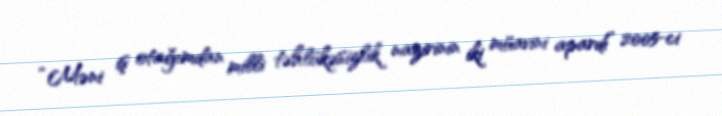
“Məni iş otağımdan milli təhlükəsizlik nazirinin iki müavini apardı” 2005-ci